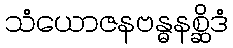
သံယောဇနဗန္ဓနစ္ဆိဒံ